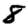
Digit: 8